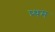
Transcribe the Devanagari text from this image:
प्र्थम